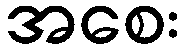
အစေး